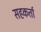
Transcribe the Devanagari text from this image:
सहकर्ता